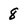
Character: 8